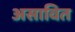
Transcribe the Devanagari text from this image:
असावित